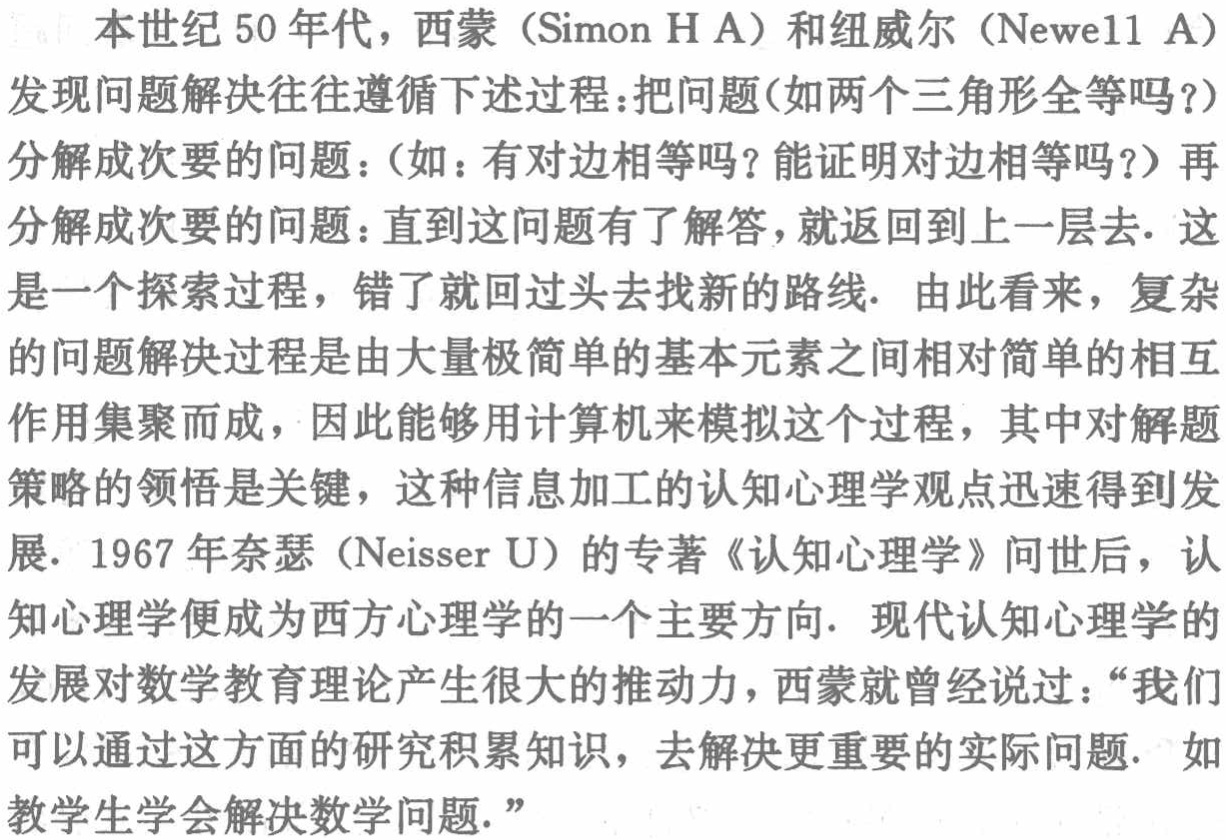
本世纪 50 年代，西蒙（Simon H A）和纽威尔（Newell A）发现问题解决往往遵循下述过程：把问题（如两个三角形全等吗？）分解成次要的问题：（如：有对边相等吗？能证明对边相等吗？）再分解成次要的问题：直到这问题有了解答，就返回到上一层去. 这是一个探索过程，错了就回过头去找新的路线. 由此看来，复杂的问题解决过程是由大量极简单的基本元素之间相对简单的相互作用集聚而成，因此能够用计算机来模拟这个过程，其中对解题策略的领悟是关键，这种信息加工的认知心理学观点迅速得到发展. 1967 年奈瑟（Neisser U）的专著《认知心理学》问世后，认知心理学便成为西方心理学的一个主要方向. 现代认知心理学的发展对数学教育理论产生很大的推动力，西蒙就曾经说过：“我们可以通过这方面的研究积累知识，去解决更重要的实际问题. 如教学生学会解决数学问题.”